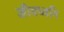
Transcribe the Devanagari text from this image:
जीवध्वनि